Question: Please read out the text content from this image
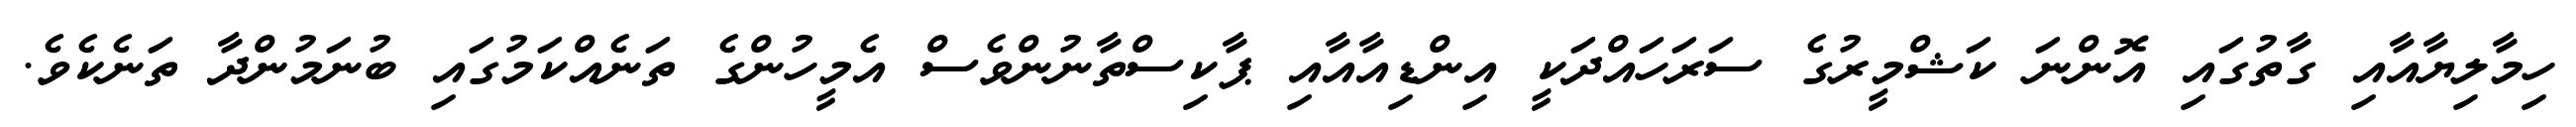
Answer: ހިމާލިޔާއާއި ގާތުގައި އޮންނަ ކަޝްމީރުގެ ސަރަހައްދަކީ އިންޑިއާއާއި ޕާކިސްތާނުންވެސް އެމީހުންގެ ތަނެއްކަމުގައި ބުނަމުންދާ ތަނެކެވެ.